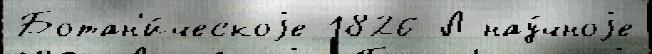
Ботан'и́ческоjе 1826 Л нау́чноjе